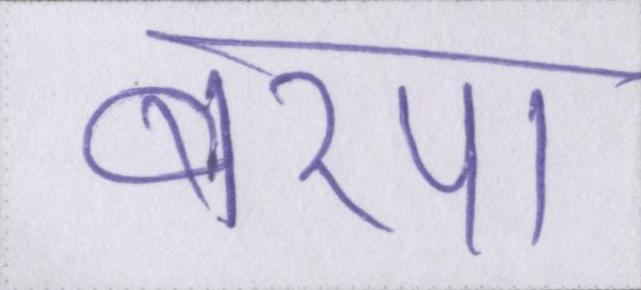
बरपा